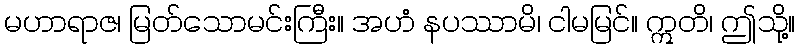
မဟာရာဇ၊ မြတ်သောမင်းကြီး။ အဟံ နပဿာမိ၊ ငါမမြင်။ ဣတိ၊ ဤသို့။